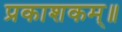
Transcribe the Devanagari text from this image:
प्रकाशकम्॥